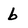
Character: b